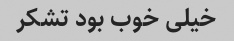
خیلی خوب بود تشکر